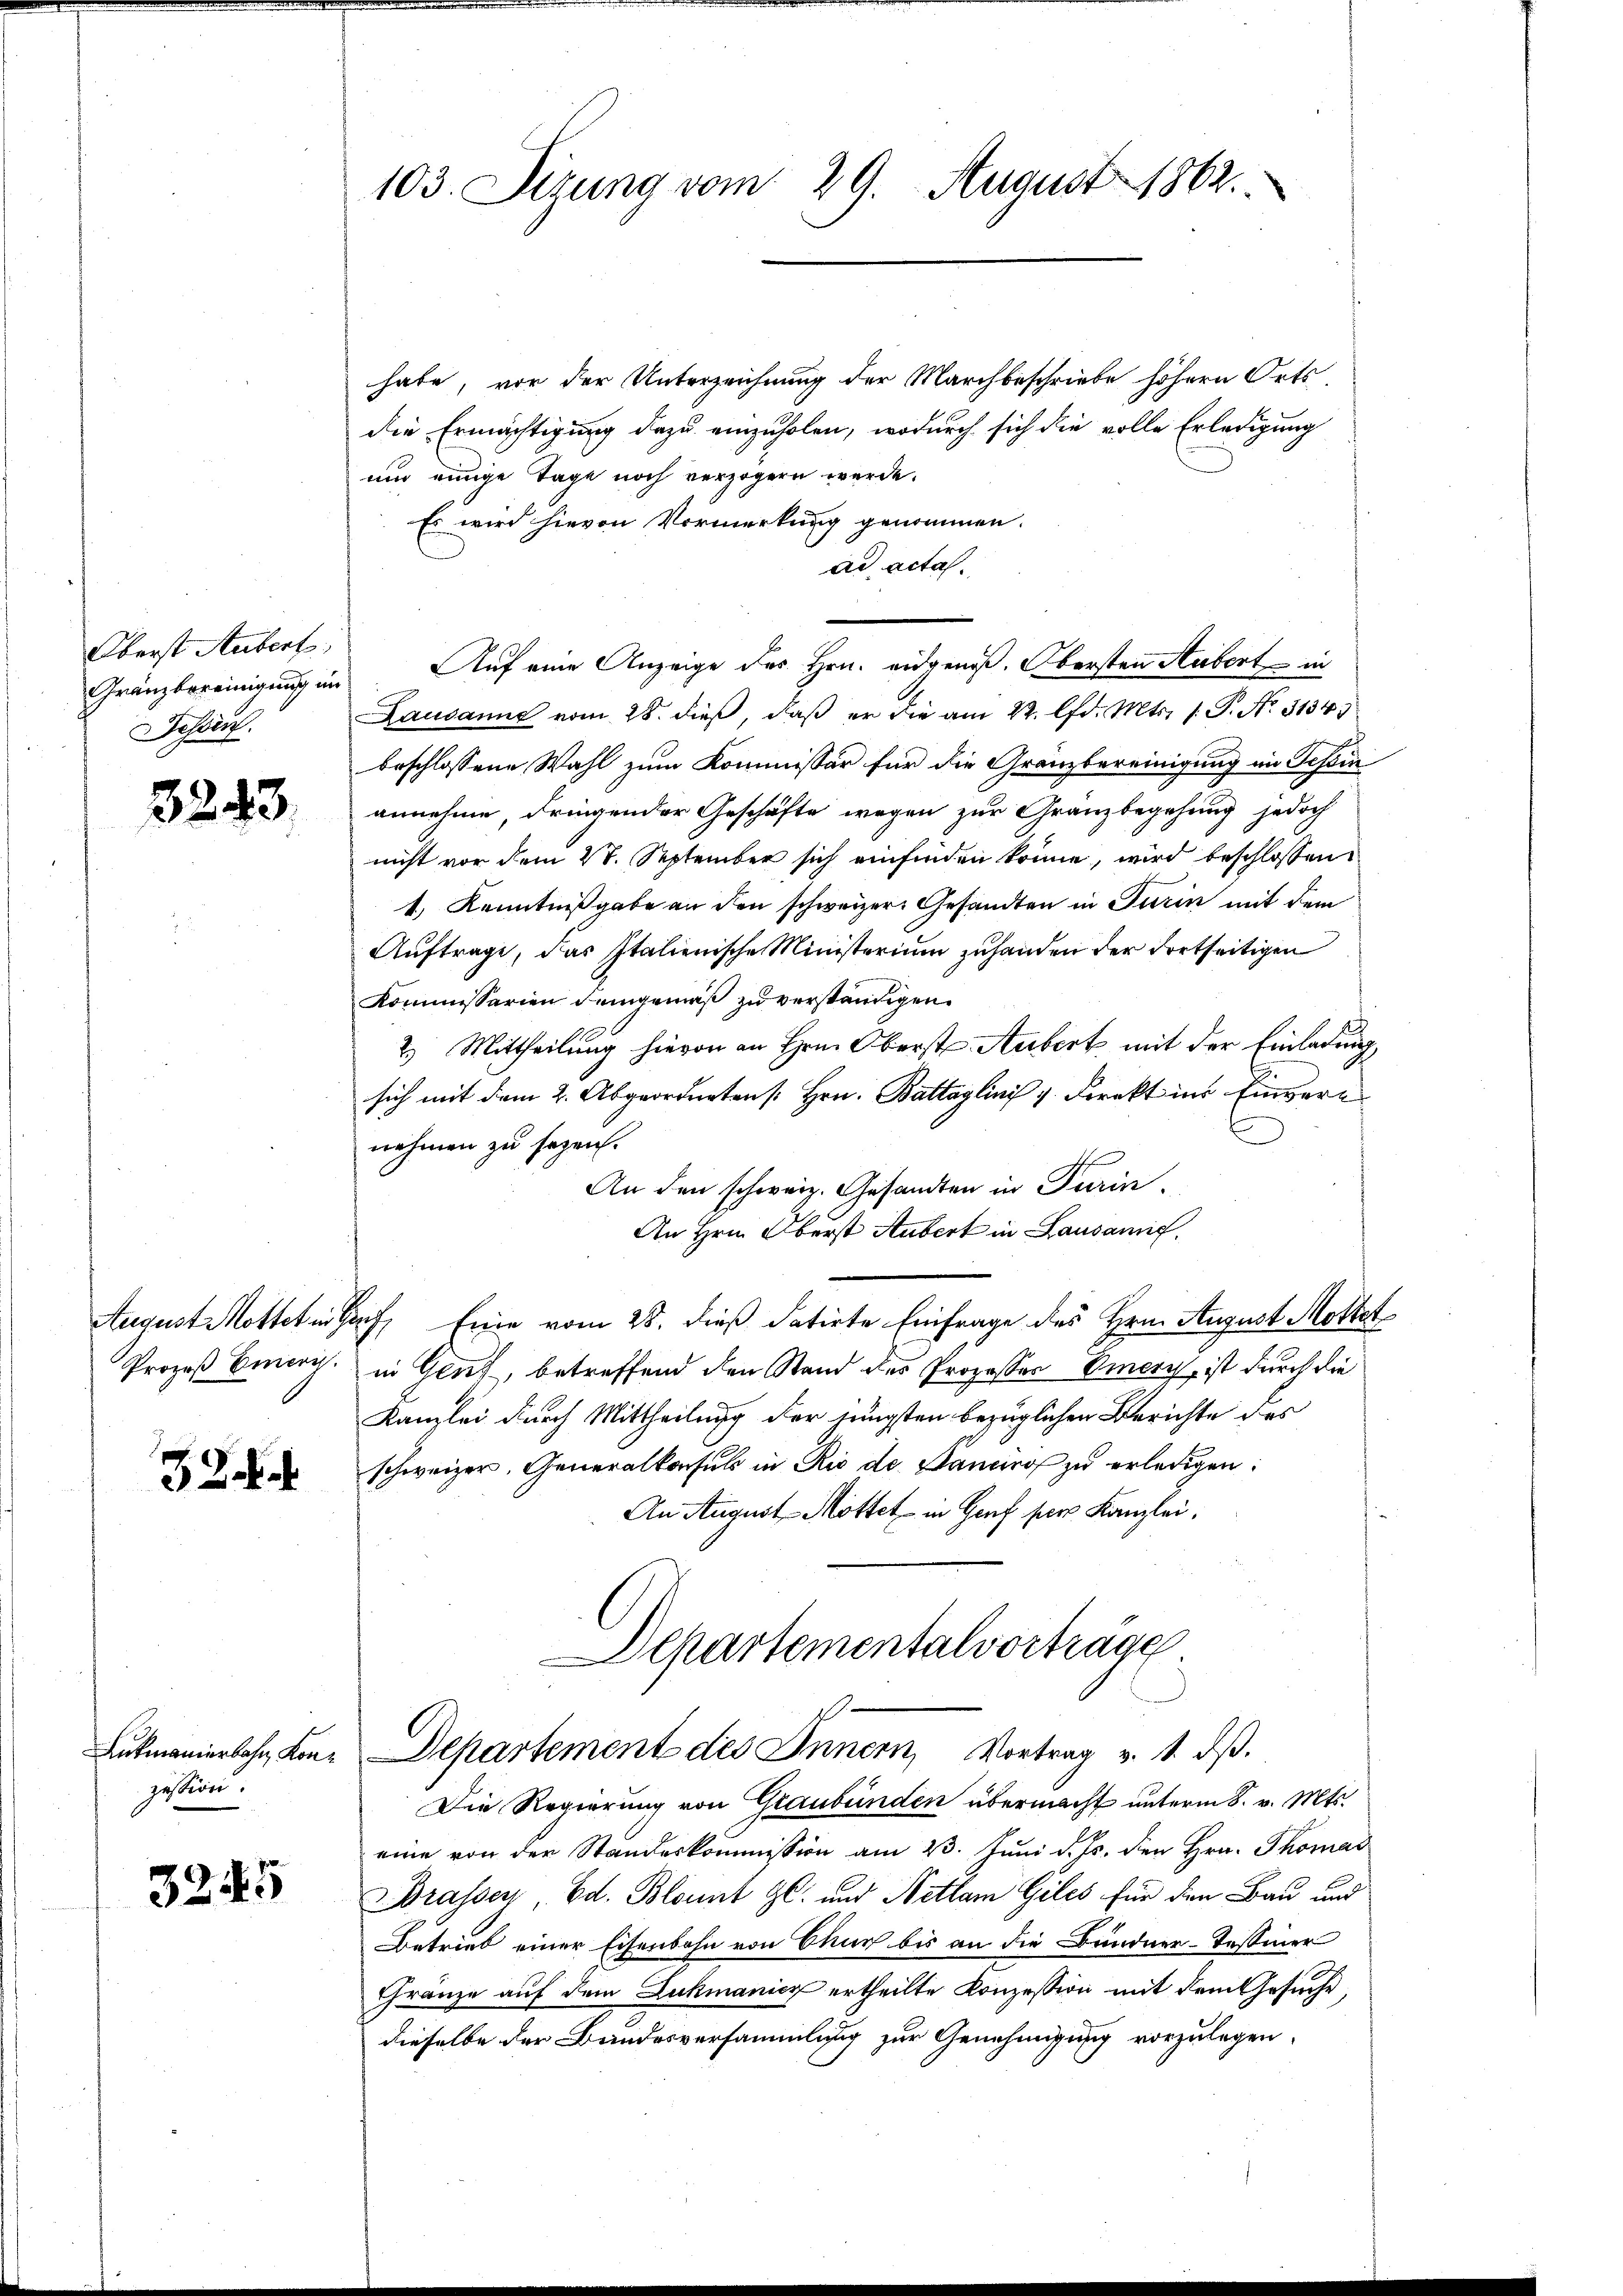
Oberst Aubert
Schön.

3243.

32.

Lukmanierbahn Konzession.

3245

habe, vor der Unterzeichnung der Marchbeschriebe höhern Ortsdie Ermächtigung dazu einzuholen, wodurch sich die volle Erledigung
und einige Tage noch verzögern werde.
Es wird hievon Vormerkung genommen.
ad acta.
Gränzbereinigung im Auf eine Anzeige des Hrn. eidgenoß. Obersten Aubert in
Lausanne vom 28. dieß, daß er die am 22. d. Mts. 1. P. No. 31343
beschlossene Wahl zum Kommissär für die Gränzbereinigung im Tessin
annehme dringender Geschäfte wegen zur Gränzbegehung jedoch
nicht vor dem 20. September sich einfinden könne, wird beschlossen
1) Kenntnißgabe an den schweizer-Gesandten in Turin mit dem
Auftrage, das Italienische Ministerium zuhanden der Fortseitigen
Kommissarien demgemäß zu verständigen.
2.) Mittheilung hievon an Hrn. Oberst-Aubert mit der Einladung,
sich mit dem 2. Abgeordneten [Hrn. Battaglini v. Direkt ins Einvere
nehmen zu sagen.
An den schweiz. Gesandten in Turin.
An Hrn. Oberst Aubert in Laudamit.
August Mottet in darf, Eine vom 28. dieß datirte Einfrage des Hrn. August Mottet
Prozeß Berg. in Genf, betreffend den Stand des Prozesser Viere, ist durch die
Kanzlei durch Mittheilung der jüngsten bezüglichen Berichte des
schweizer, Generalkonsuls in Rio de Paneiro zu erledigen:
An August Mottet in Genf per Kanzlei.
Departementalvorträge

103. Sizung vom 29. August 1862.

Departement des Innern, Vortrag v. 1. ds.

Die Regierung von Graubünden übermacht unterm 8. v. Mts.
eine von der Standeskommission am 23. Juni d. Js. den Hrn. Thomas
Brassey, Ed. Blonnt gl. und Nettam Giles für den Bau und
Betrieb einer Eisenbahn von Chur bis an die Bündner-Tessiner
Gränze auf dem Lukmanicz ertheilte Konzession mit dem Gesuche
dieselbe der Bundesversammlung zur Genehmigung vorzulegen.